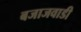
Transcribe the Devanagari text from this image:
बजाजवाडी